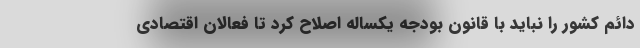
دائم کشور را نباید با قانون بودجه یکساله اصلاح کرد تا فعالان اقتصادی